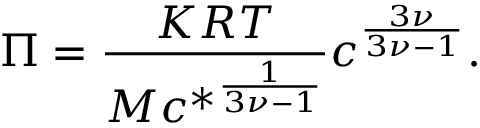
\Pi = \frac { K R T } { M { c ^ { * } } ^ { \frac { 1 } { 3 \nu - 1 } } } c ^ { \frac { 3 \nu } { 3 \nu - 1 } } .